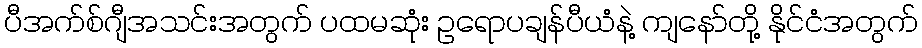
ပီအက်စ်ဂျီအသင်းအတွက် ပထမဆုံး ဥရောပချန်ပီယံနဲ့ ကျနော်တို့ နိုင်ငံအတွက်